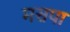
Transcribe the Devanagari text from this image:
मसपा